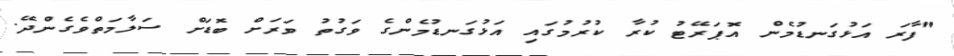
"ފާރަ އަޅުގަނޑުމެން އޮޕަރޭޓު ކުރާ ކުރުމުގައި އަޅުގަނޑުމެންގެ ވަގުތު ވަރަށް ބޮޑަށް ސަލާމަތްވެގެންދޭ.